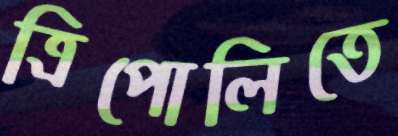
ত্রিপোলিতে